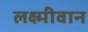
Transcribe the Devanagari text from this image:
लक्ष्मीवान